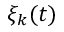
\xi _ { k } ( t )